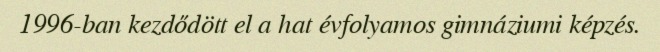
1996-ban kezdődött el a hat évfolyamos gimnáziumi képzés.